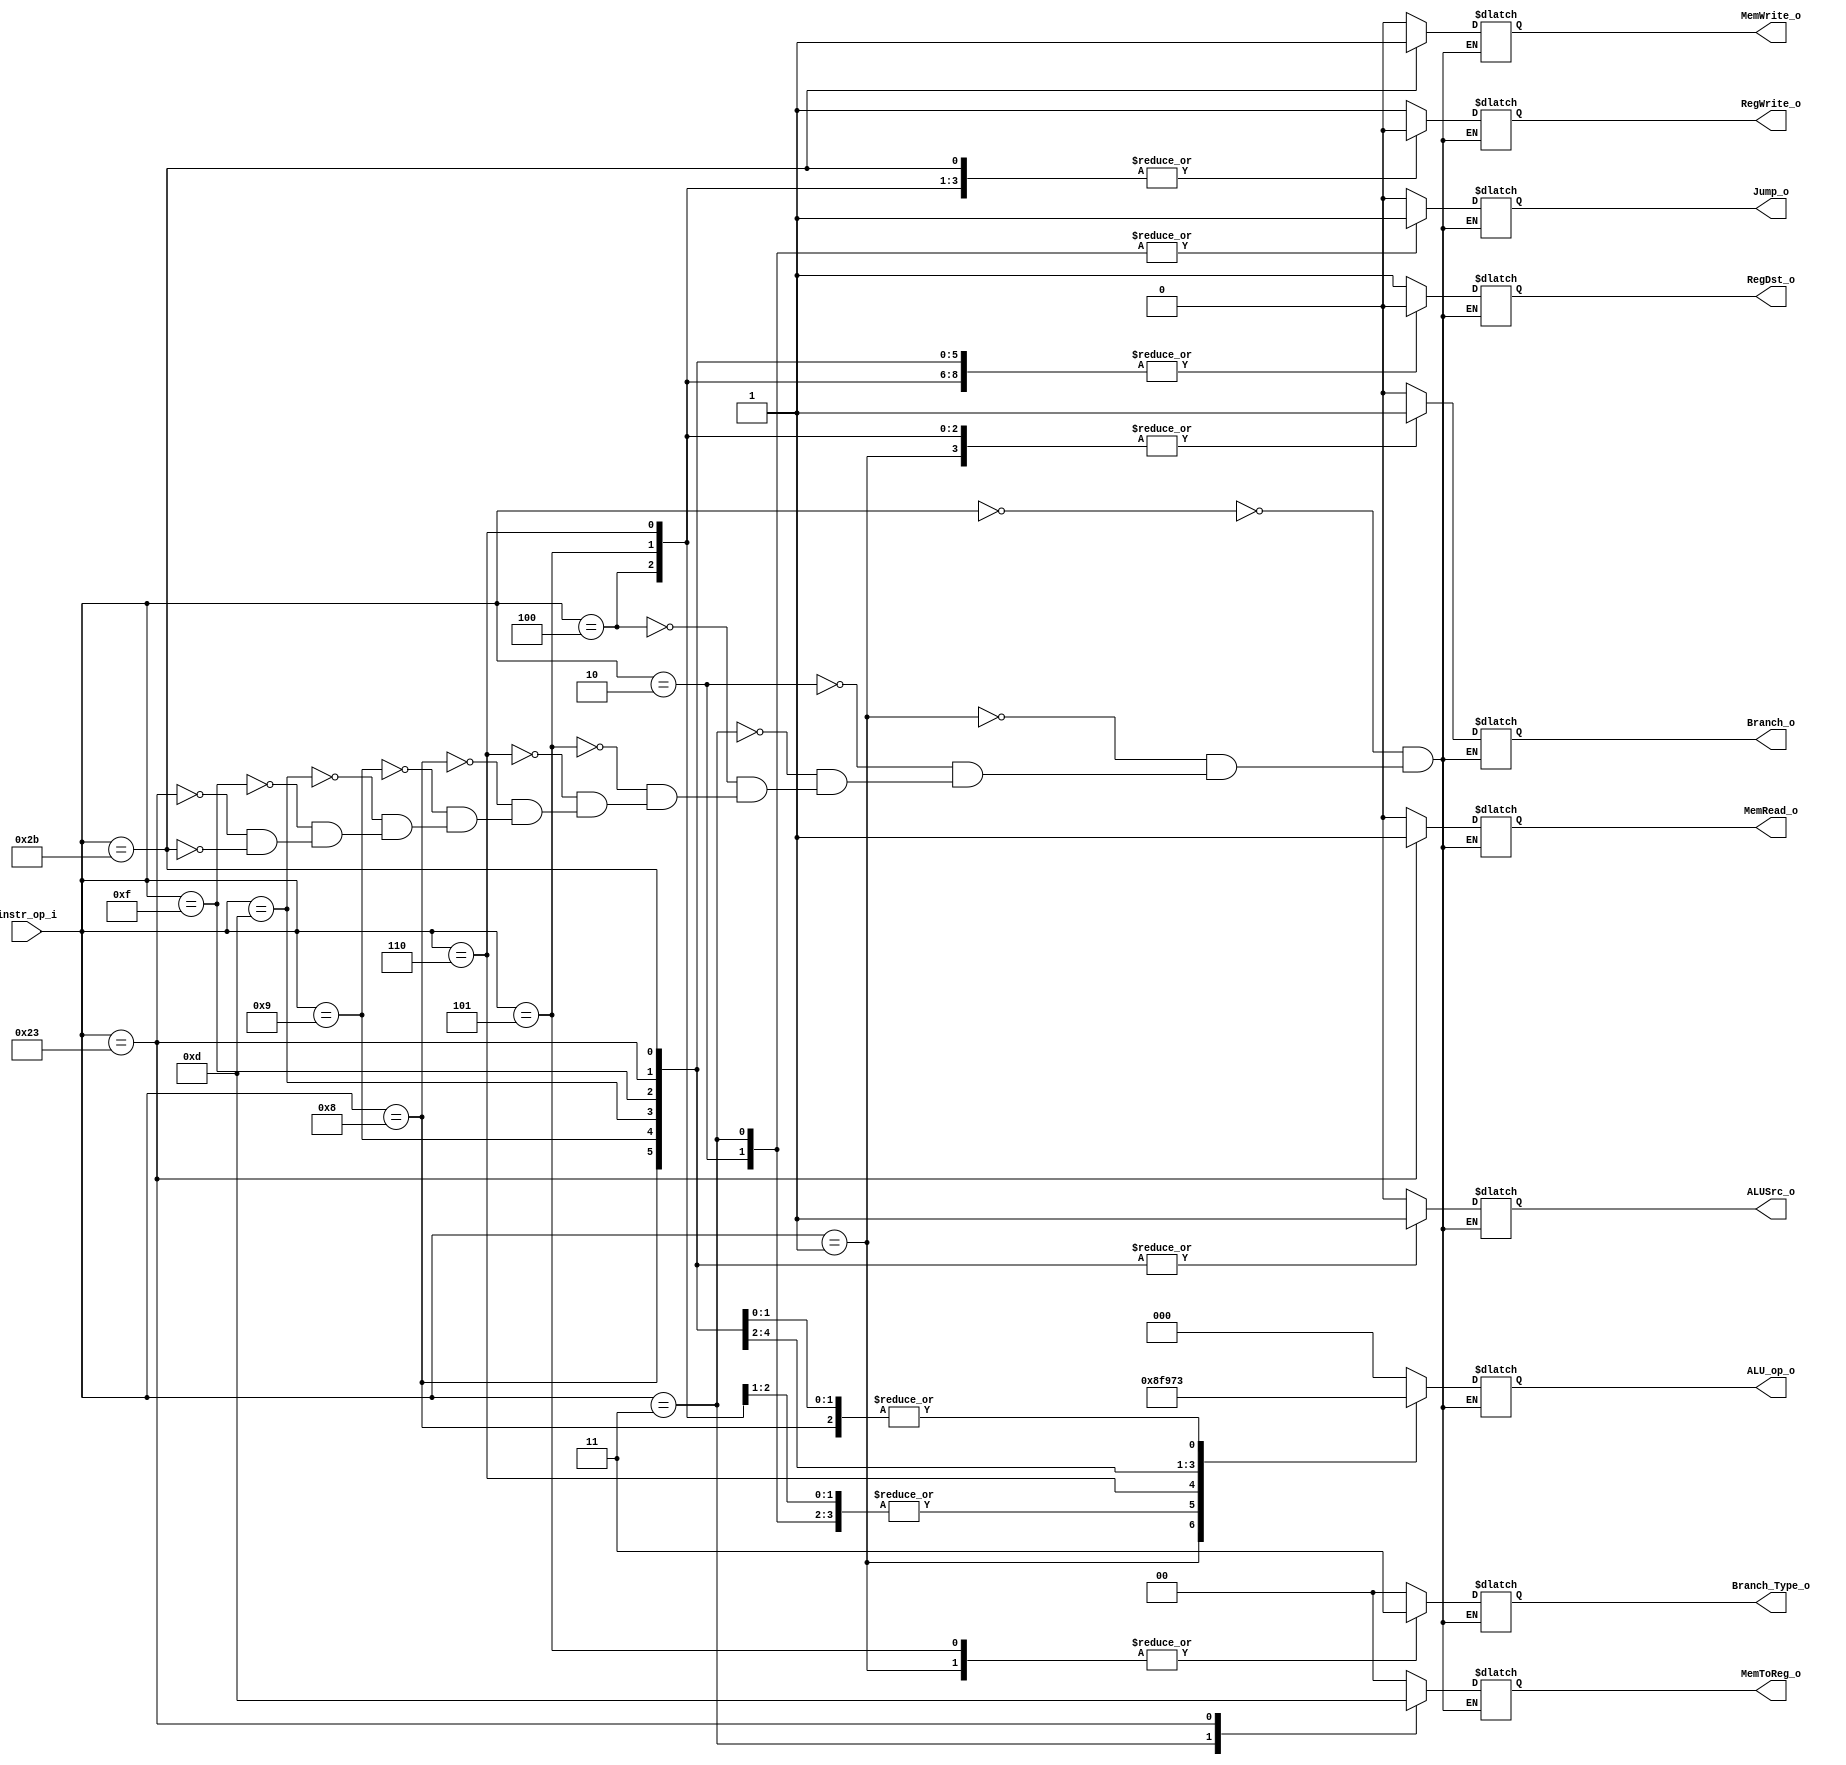
//Subject:     CO project 2 - Decoder
//--------------------------------------------------------------------------------
//Version:     1
//--------------------------------------------------------------------------------
//Writer:      0416111 0540112
//----------------------------------------------
//Date:        
//----------------------------------------------
//Description: 
//--------------------------------------------------------------------------------

module Decoder(
    instr_op_i,
	RegWrite_o,
	ALU_op_o,
	ALUSrc_o,
	RegDst_o,
	Branch_o,
	Branch_Type_o,
	Jump_o,
	MemRead_o,
	MemWrite_o,
	MemToReg_o
	);
     
//I/O ports
input  [6-1:0] instr_op_i;  //op_field

output         RegWrite_o;   //write Rd
output [3-1:0] ALU_op_o;		//
output         ALUSrc_o;		//immediate or not
output         RegDst_o;		//choose the rd,regdst=1?rd:rt
output         Branch_o;		//when brach=0,no branch;
output [2-1:0]	Branch_Type_o;
output			Jump_o;			//jump if Jump_o=1;
output 			MemRead_o;
output			MemWrite_o;
output [2-1:0]	MemToReg_o;		//if 1 then mem to reg else alu result to reg;
 
//Internal Signals
reg   [3-1:0]  ALU_op_o;
reg            ALUSrc_o;
reg            RegWrite_o;
reg            RegDst_o;
reg            Branch_o;
reg   [2-1:0]	Branch_Type_o;
reg				Jump_o;
reg 				MemRead_o;
reg				MemWrite_o;
reg	[2-1:0]	MemToReg_o;

//Main function
always@(instr_op_i)begin
case(instr_op_i)
	0:begin							//R-type
		RegWrite_o<=1;	
		ALU_op_o<=3'b000;
		ALUSrc_o<=0;
		RegDst_o<=1;
		Branch_o<=0;
		Branch_Type_o<=2'b00;
		Jump_o<=0;
		MemRead_o<=0;
		MemWrite_o<=0;
		MemToReg_o<=2'b00;
	end
	1:begin							//bltz
		RegWrite_o<=0;	
		ALU_op_o<=3'b010;			//slt:if rs<rt then alu_out=1 and zero=0;
		ALUSrc_o<=0;
		RegDst_o<=1;				//not interested.
		Branch_o<=1;
		Branch_Type_o<=2'b11;	//if rs<0 then zero=0 so that branch_type_oout=1 and then branch...
		Jump_o<=0;
		MemRead_o<=0;
		MemWrite_o<=0;
		MemToReg_o<=2'b00;		//not interested...
	end
	2:begin							//J
		RegWrite_o<=0;	
		ALU_op_o<=3'b001;
		ALUSrc_o<=0;
		RegDst_o<=1;
		Branch_o<=0;
		Branch_Type_o<=2'b00;
		Jump_o<=1;
		MemRead_o<=0;
		MemWrite_o<=0;
		MemToReg_o<=2'b00;
	end
	3:begin							//Jal
		RegWrite_o<=1;	
		ALU_op_o<=3'b001;
		ALUSrc_o<=0;
		RegDst_o<=1;
		Branch_o<=0;
		Branch_Type_o<=2'b00;
		Jump_o<=1;
		MemRead_o<=0;
		MemWrite_o<=0;
		MemToReg_o<=2'b11;
	end
	4:begin							//BEQ
		RegWrite_o<=0;
		ALU_op_o<=3'b001;
		ALUSrc_o<=0;
		RegDst_o<=0;
		Branch_o<=1;
		Branch_Type_o<=2'b00;
		Jump_o<=0;
		MemRead_o<=0;
		MemWrite_o<=0;
		MemToReg_o<=2'b00;
	end
	5:begin							//BNE and bnez
		RegWrite_o<=0;
		ALU_op_o<=3'b001;
		ALUSrc_o<=0;
		RegDst_o<=0;
		Branch_o<=1;
		Branch_Type_o<=2'b11;
		Jump_o<=0;
		MemRead_o<=0;
		MemWrite_o<=0;
		MemToReg_o<=2'b00;
	end
	6:begin							//ble if rs<=rt then branch
		RegWrite_o<=0;
		ALU_op_o<=3'b111;
		ALUSrc_o<=0;
		RegDst_o<=0;				//not interested
		Branch_o<=1;
		Branch_Type_o<=2'b00;
		Jump_o<=0;
		MemRead_o<=0;
		MemWrite_o<=0;
		MemToReg_o<=2'b00;
	end
	8:begin							//ADDI
		RegWrite_o<=1;
		ALU_op_o<=3'b011;
		ALUSrc_o<=1;
		RegDst_o<=0;
		Branch_o<=0;
		Branch_Type_o<=2'b00;
		Jump_o<=0;
		MemRead_o<=0;
		MemWrite_o<=0;
		MemToReg_o<=2'b00;
	end
	9:begin							//SLTIU
		RegWrite_o<=1;
		ALU_op_o<=3'b100;
		ALUSrc_o<=1;
		RegDst_o<=0;
		Branch_o<=0;
		Branch_Type_o<=2'b00;
		Jump_o<=0;
		MemRead_o<=0;
		MemWrite_o<=0;
		MemToReg_o<=2'b00;
	end
	13:begin							//ORI
		RegWrite_o<=1;
		ALU_op_o<=3'b101;
		ALUSrc_o<=1;
		RegDst_o<=0;
		Branch_o<=0;
		Branch_Type_o<=2'b00;
		Jump_o<=0;
		MemRead_o<=0;
		MemWrite_o<=0;
		MemToReg_o<=2'b00;
	end
	15:begin							//LUI and li?
		RegWrite_o<=1;
		ALU_op_o<=3'b110;
		ALUSrc_o<=1;
		RegDst_o<=0;
		Branch_o<=0;
		Branch_Type_o<=2'b00;
		Jump_o<=0;
		MemRead_o<=0;
		MemWrite_o<=0;
		MemToReg_o<=2'b00;
	end
	35:begin							//LW
		RegWrite_o<=1;
		ALU_op_o<=3'b011;
		ALUSrc_o<=1;
		RegDst_o<=0;
		Branch_o<=0;
		Branch_Type_o<=2'b00;
		Jump_o<=0;
		MemRead_o<=1;
		MemWrite_o<=0;
		MemToReg_o<=2'b01;
	end	
	43:begin							//SW
		RegWrite_o<=0;
		ALU_op_o<=3'b011;
		ALUSrc_o<=1;
		RegDst_o<=0;
		Branch_o<=0;
		Branch_Type_o<=2'b00;
		Jump_o<=0;
		MemRead_o<=0;
		MemWrite_o<=1;
		MemToReg_o<=2'b00;
	end
endcase
end
		


endmodule